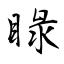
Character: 睩